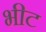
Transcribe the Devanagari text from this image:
भीट